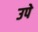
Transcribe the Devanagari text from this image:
उपे